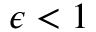
\epsilon < 1